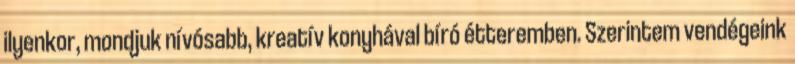
ilyenkor, mondjuk nívósabb, kreatív konyhával bíró étteremben. Szerintem vendégeink